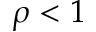
\rho < 1